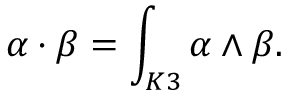
\alpha \cdot \beta = \int _ { K 3 } \alpha \wedge \beta .